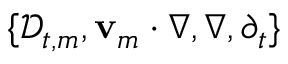
\{ \mathscr { D } _ { t , m } , \ensuremath { \mathbf { v } } _ { m } \cdot \nabla , \nabla , \partial _ { t } \}